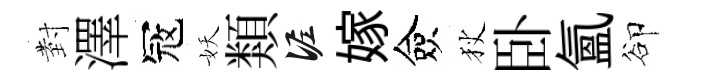
𭔹澤冦妖類泥嫁僉狄卧氳卻